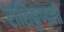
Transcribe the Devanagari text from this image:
राशिकुण्डली